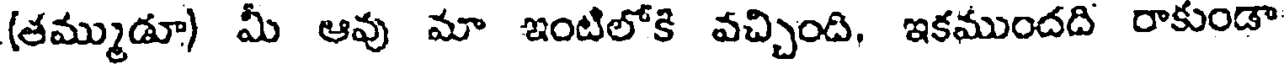
(తమ్ముడూ) మీ ఆవు మా ఇంటిలోకి వచ్చింది, ఇకముందది రాకుండా